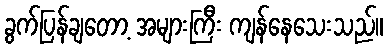
ခွက်ပြန်ချတော့ အများကြီး ကျန်နေသေးသည်။